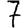
Digit: 7